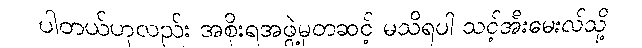
ပါတယ်ဟုလည်း အစိုးရအဖွဲ့မှတဆင့် မသိရပါ သင့်အီးမေးလ်သို့